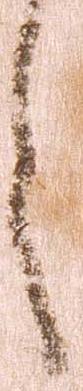
之